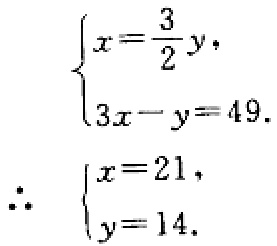
\[\begin{cases}
x = \frac{3}{2}y, \\
3x - y = 49.
\end{cases}\]
\[\therefore \begin{cases}
x = 21, \\
y = 14.
\end{cases}\]